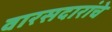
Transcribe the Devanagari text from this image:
वारसदारांचे